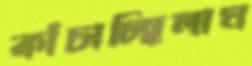
কাঁচাচ্ছিলাম